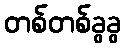
တစ်တစ်ခွခွ